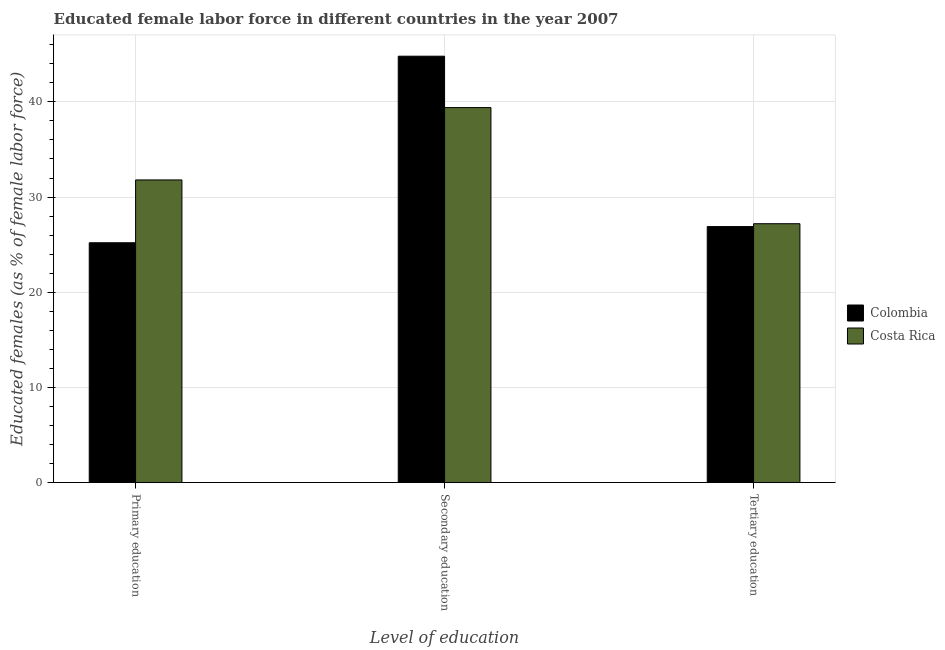
| Level of education | Colombia | Costa Rica |
 | --- | --- | --- |
 | Primary education | 25.2 | 31.8 |
 | Secondary education | 44.8 | 39.4 |
 | Tertiary education | 26.9 | 27.2 |